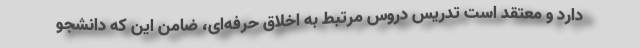
دارد و معتقد است تدریس دروس مرتبط به اخلاق حرفه‌ای، ضامن این که دانشجو